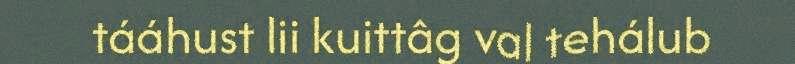
tááhust lii kuittâg val tehálub